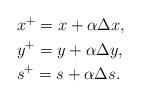
LaTeX: \begin{align*}\begin{aligned}& x^+= x+\alpha \Delta x, \\& y^+= y+\alpha \Delta y, \\& s^+= s+\alpha \Delta s. \end{aligned}\end{align*}